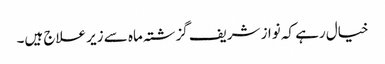
خیال رہے کہ نواز شریف گزشتہ ماہ سے زیر علاج ہیں۔